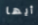
أيها